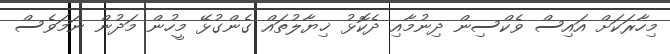
މިހާރަަކަށް އައިސް ވެކްސިން ދިނުމާއި ދެކޮޅު ޚިޔާލުތައް ގެންގުޅޭ މީހުން މަދުން ނަމަވެސް